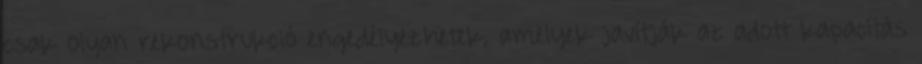
csak olyan rekonstrukció engedélyezhetek, amelyek javítják az adott kapacitás